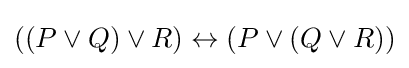
((P\lor Q)\lor R)\leftrightarrow (P\lor (Q\lor R))